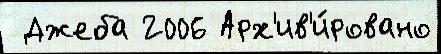
 Джеба 2006 Арх'ив'и́ровано